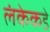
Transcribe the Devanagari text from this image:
लंकेकडे